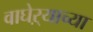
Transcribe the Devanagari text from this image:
वाघेऱ्याच्या